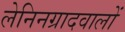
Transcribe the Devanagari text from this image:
लेनिनग्रादवालों